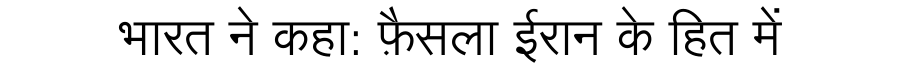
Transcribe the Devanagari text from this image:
भारत ने कहा: फ़ैसला ईरान के हित में